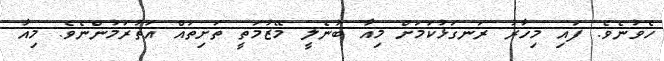
ހެވުނެވެ. ފައި މިހާރު ރަނގަޅުކަމަށް މިއާ ބުނެލީ މޭޒުމަތީ ތަށިތައް އަތުރަމުންނެވެ. މިއާ